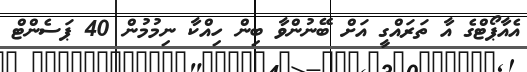
އެއާޕޯޓްގެ އާ ތަރައްގީ އަށް ބޭނުންވާ ބިން ހިއްކާ ނިމުމުން 40 ޕަސެންޓް